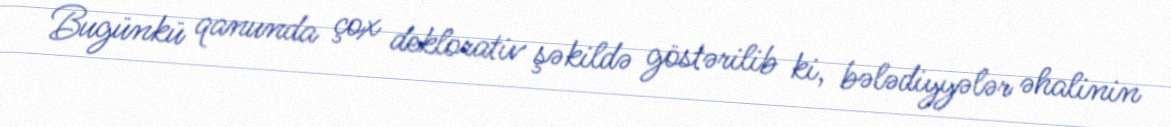
Bugünkü qanunda çox deklorativ şəkildə göstərilib ki, bələdiyyələr əhalinin